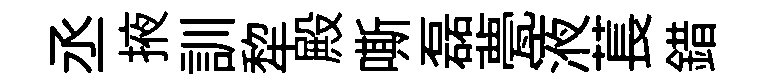
丞掖訓犂殿嘶磊甍液萇錯